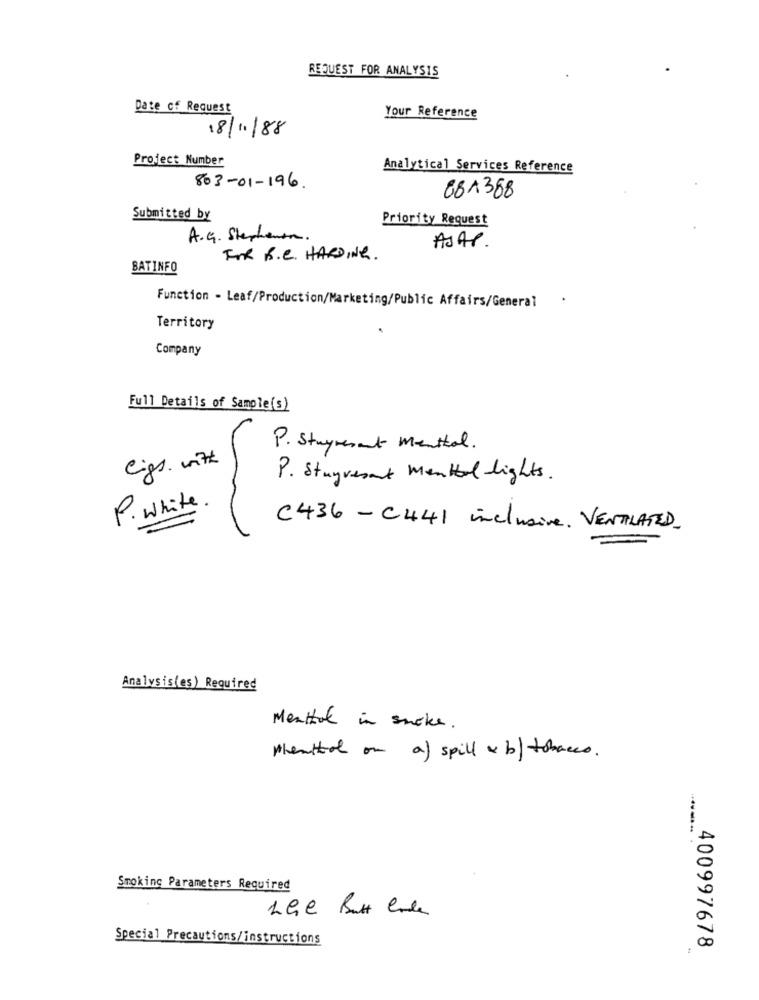
REQUEST FOR ANALYSIS
Date of Request
Your Reference
18/11/88
Project Number
Analytical Services Reference
803-01-196.
881368
Submitted by
Priority Request
A.G. Stephenen.
ASAP.
FOR B.C. HARDING.
BATINFO
Function - Leaf/Production/Marketing/Public Affairs/General
Territory
Company
Full Details of Sample(s)
P. Stuyvesant Menthol .
eigs. with
P. Stuyvesant mental lights.
P. white
C436- C441 inclusive. VENTILATED.
Analysis(es) Required
Mentol in smoke.
phentol on a) spill & b) tobacco.
Smoking Parameters Required
Special Precautions/instructions
400997678